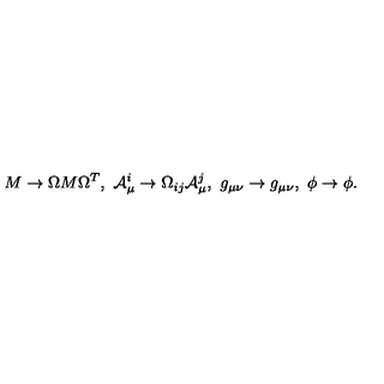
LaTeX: M \to \Omega M \Omega ^ { T } , \ { \cal A } _ { \mu } ^ { i } \to \Omega _ { i j } { \cal A } _ { \mu } ^ { j } , \ g _ { \mu \nu } \to g _ { \mu \nu } , \ \phi \to \phi .